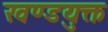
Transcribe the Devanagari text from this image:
खण्डयुक्त